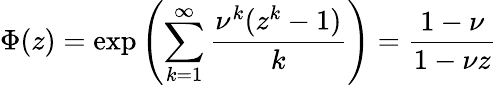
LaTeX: \Phi(z)=\exp\left(\sum_{k=1}^{\infty}\frac{\nu^{k}(z^{k}-1)}{k}\right)=\frac{1-\nu}{1-\nu z}